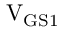
\mathrm { V _ { G S 1 } }